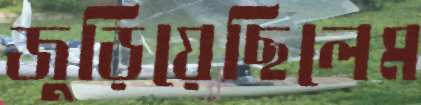
জুড়িয়েছিলেম